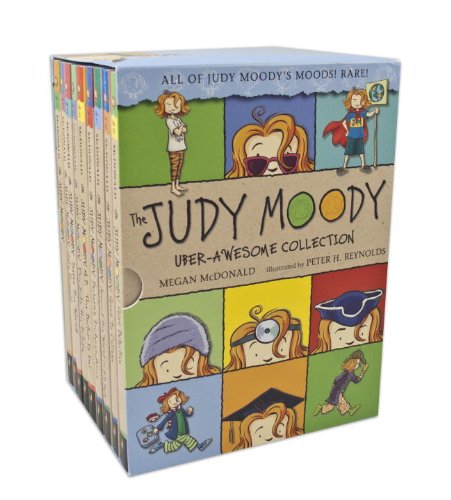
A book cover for The Judy Moody Uber-Awesome Collection: Books 1-9; Megan McDonald; Children's Books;